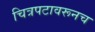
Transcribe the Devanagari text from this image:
चित्रपटावरूनच